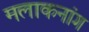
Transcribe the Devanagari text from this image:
मलाकनांग